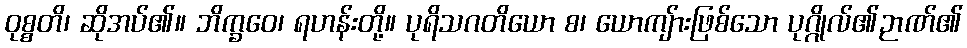
ဝုစ္စတိ၊ ဆိုအပ်၏။ ဘိက္ခဝေ၊ ရဟန်းတို့။ ပုရိသဂတိယော စ၊ ယောကျ်ားဖြစ်သော ပုဂ္ဂိုလ်၏ဉာဏ်၏